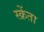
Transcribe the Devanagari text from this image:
स्क्रेंता